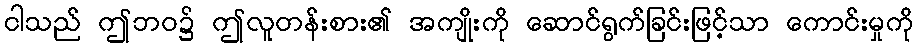
ငါသည် ဤဘဝ၌ ဤလူတန်းစား၏ အကျိုးကို ဆောင်ရွက်ခြင်းဖြင့်သာ ကောင်းမှုကို